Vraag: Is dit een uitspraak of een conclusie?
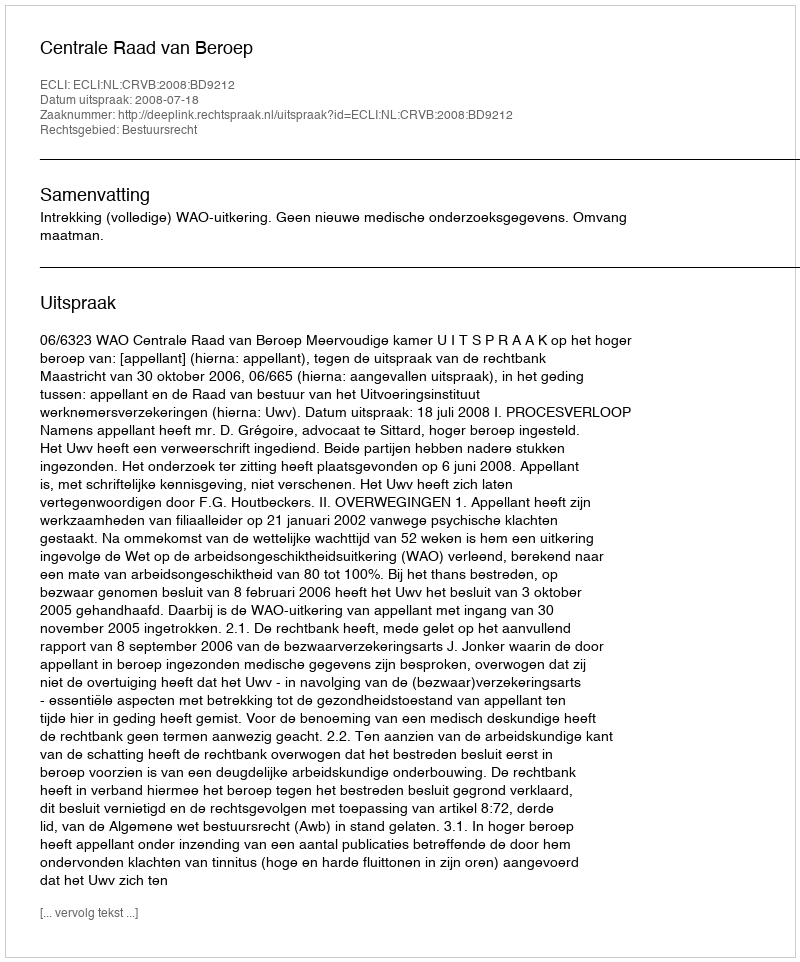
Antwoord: Uitspraak